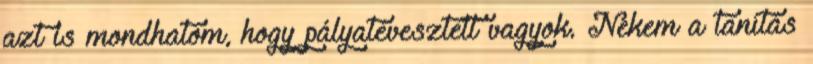
azt is mondhatom, hogy pályatévesztett vagyok. Nekem a tanítás